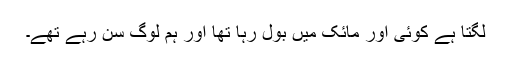
لگتا ہے کوئی اور مائک میں بول رہا تھا اور ہم لوگ سن رہے تھے۔